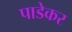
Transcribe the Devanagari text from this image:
पाडेकर